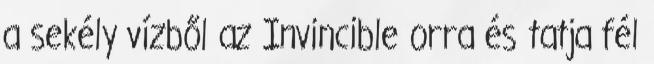
a sekély vízből az Invincible orra és tatja fél